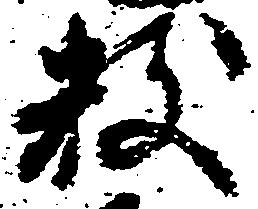
数